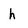
Character: h